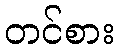
တင်စား